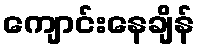
ကျောင်းနေချိန်